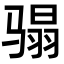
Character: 𩨌